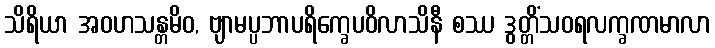
သိရိယာ အဝဟသန္တမိဝ, ဗျာမပ္ပဘာပရိက္ခေပဝိလာသိနီ စဿ ဒွတ္တိံသဝရလက္ခဏမာလာ